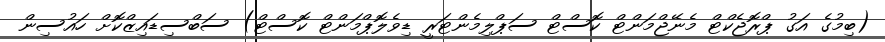
(ބިމުގެ އަގު ޕްރޮޖެކްޓް މެނޭޖްމަންޓް ކޮސްޓް ސަޕްލިމެންޓަރީ ޑިވެލޮޕްމަންޓް ކޮސްޓް) ސަބްސިޑައިޒްކޮށް ހައުސިން